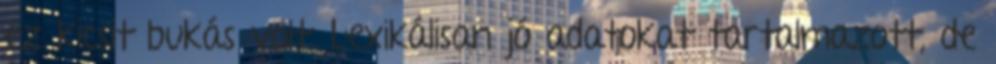
ez kicsit bukás volt. Lexikálisan jó adatokat tartalmazott, de